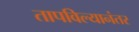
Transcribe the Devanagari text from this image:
तापविल्यानंतर